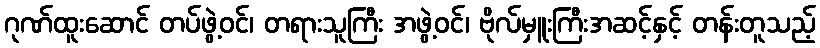
ဂုဏ်ထူးဆောင် တပ်ဖွဲ့ဝင်၊ တရားသူကြီး အဖွဲ့ဝင်၊ ဗိုလ်မှူးကြီးအဆင့်နှင့် တန်းတူသည့်